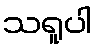
သရူပါ